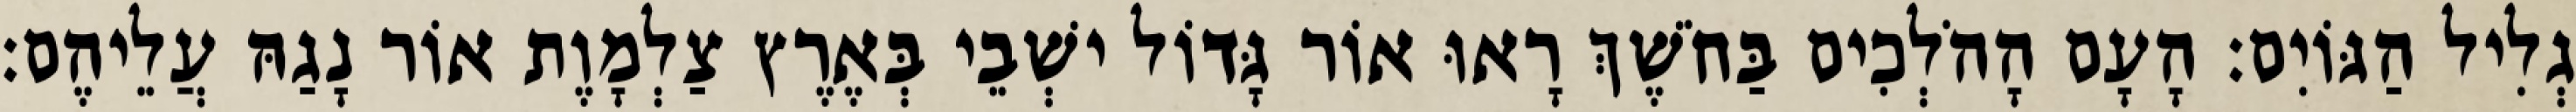
גְלִיל הַגּוֹיִם׃ הָעָם הָהֹלְכִים בַּחֹשֶׁךְ רָאוּ אוֹר גָּדוֹל ישְׁבֵי בְּאֶרֶץ צַלְמָוֶת אוֹר נָגַהּ עֲלֵיהֶם׃